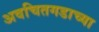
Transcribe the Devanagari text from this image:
अवचितगडाच्या